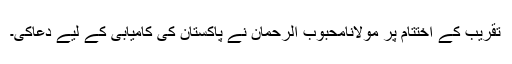
تقریب کے اختتام پر مولانامحبوب الرحمان نے پاکستان کی کامیابی کے لیے دعاکی۔